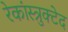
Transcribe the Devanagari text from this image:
रेकांस्त्रुक्टेद